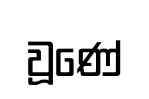
වූණේ